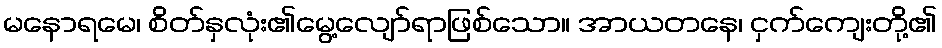
မနောရမေ၊ စိတ်နှလုံး၏မွေ့လျော်ရာဖြစ်သော။ အာယတနေ၊ ငှက်ကျေးတို့၏